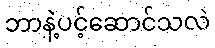
ဘာနဲ့ပင့်ဆောင်သလဲ